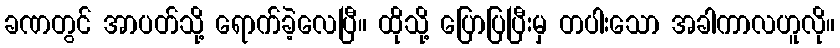
ခဏတွင် အာပတ်သို့ ရောက်ခဲ့လေပြီ။ ထိုသို့ ပြောပြပြီးမှ တပါးသော အခါကာလဟူလို။